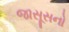
જાસૂસનો